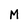
Character: M